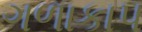
ગળાકાપ